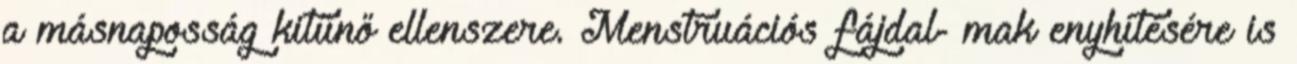
a másnaposság kitűnő ellenszere. Menstruációs fájdal- mak enyhítésére is